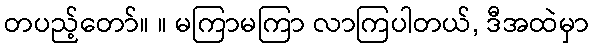
တပည့်တော်။ ။ မကြာမကြာ လာကြပါတယ်, ဒီအထဲမှာ